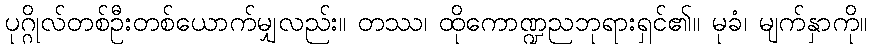
ပုဂ္ဂိုလ်တစ်ဦးတစ်ယောက်မျှလည်း။ တဿ၊ ထိုကောဏ္ဍညဘုရားရှင်၏။ မုခံ၊ မျက်နှာကို။